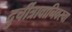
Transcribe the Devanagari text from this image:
दुर्चीत्रावानिवरचा